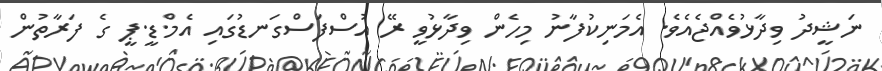
ނަޝީދު ވިދާޅުވެއްޖެއެވެ. އެމަނިކުފާނު މިހެން ވިދާޅުވީ ރޭ އުސްފަސްގަނޑުގައި އެމް.ޑީ.ޕީ ގެ ފަރާތުން